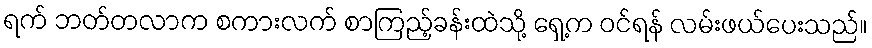
ရက် ဘတ်တလာက စကားလက် စာကြည့်ခန်းထဲသို့ ရှေ့က ဝင်ရန် လမ်းဖယ်ပေးသည်။